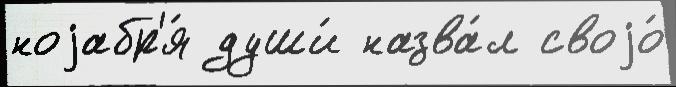
ноjабр'я́ души́ назва́л своjо́